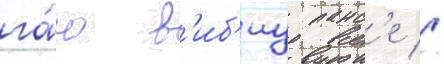
га́ю в'иб'иу панс'е //